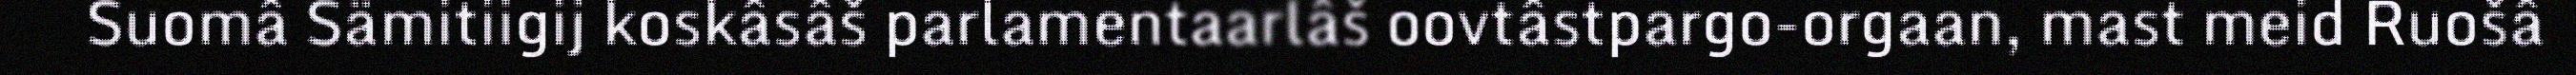
Suomâ Sämitiigij koskâsâš parlamentaarlâš oovtâstpargo-orgaan, mast meid Ruošâ